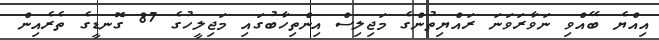
އިއްޔެ ބޭއްވި ނަވާރަވަނަ ރައްޔިތުންގެ މަޖިލިސް އިންތިހާބުގައި މަޖިލީހުގެ 87 ގޮނޑީގެ ތެރެއިން